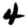
Digit: 4